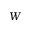
W